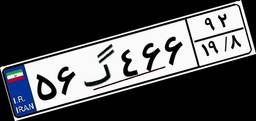
۵۶گ۴۶۶۹۲